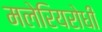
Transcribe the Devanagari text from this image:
मलेरियरोधी